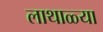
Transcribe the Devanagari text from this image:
लाथाळ्या